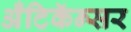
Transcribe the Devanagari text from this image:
अँटिकॅन्सर